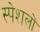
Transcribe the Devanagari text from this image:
स्पेशलों